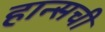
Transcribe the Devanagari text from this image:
हान्सची